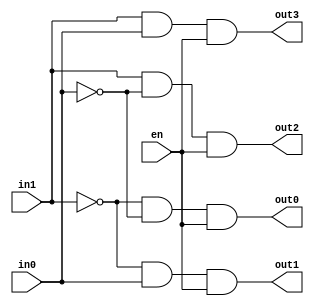
/*
2 to 4 Decoder
1. Implement a 2 to 4 decoder.
*/

module decoderTwotoFour(in0,in1,en,out0,out1,out2,out3);
//port declaretions
input in0,in1,en;
output out0,out1,out2,out3;

assign out0= (~in1) & (~in0) & en;
assign out1= (~in1) & in0 & en;
assign out2= in1 & (~ in0) & en;
assign out3= in1 & in0 & en;

endmodule

//2. Write a test bench module to test your implementation
/*
module decoder_2to4_tb;
//inputs are reg 
//outputs are wire
reg in0,in1,en;
wire out0,out1,out2,out3;

decoder_2to4 DUT(in0,in1,en,out0,out1,out2,out3);

initial
	begin
	#10 in1=0; in0=0; en=0;
	#10 in1=0; in0=1; en=0;
	#10 in1=1; in0=0; en=0;
	#10 in1=1; in0=1; en=0;
	#10 in1=0; in0=0; en=1;
	#10 in1=0; in0=1; en=1;
	#10 in1=1; in0=0; en=1;
	#10 in1=1; in0=1; en=1;
	end
endmodule*/